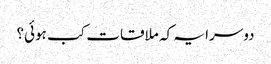
دوسرا یہ کہ ملاقات کب ہوئی؟